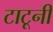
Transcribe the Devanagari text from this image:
टाटूनी